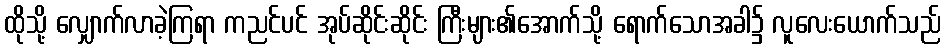
ထိုသို့ လျှောက်လာခဲ့ကြရာ ကညင်ပင် အုပ်ဆိုင်းဆိုင်း ကြီးများ၏အောက်သို့ ရောက်သောအခါ၌ လူလေးယောက်သည်